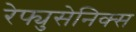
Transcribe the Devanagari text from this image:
रेफ्युसेनिक्स